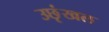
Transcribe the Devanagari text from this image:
उछृंखल